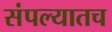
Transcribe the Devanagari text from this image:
संपल्यातच